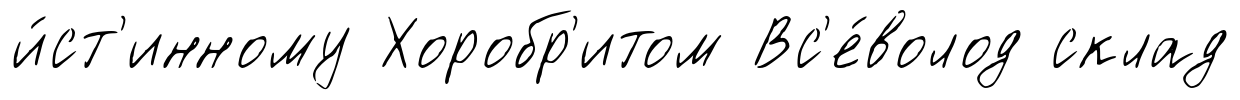
и́ст'инному Хоробр'итом Вс'е́волод склад